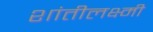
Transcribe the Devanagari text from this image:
शांतीलक्ष्मी